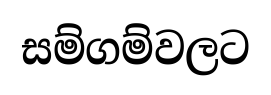
සම්ගම්වලට